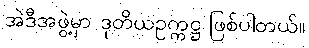
အဲဒီအဖွဲ့မှာ ဒုတိယဥက္ကဋ္ဌ ဖြစ်ပါတယ်။